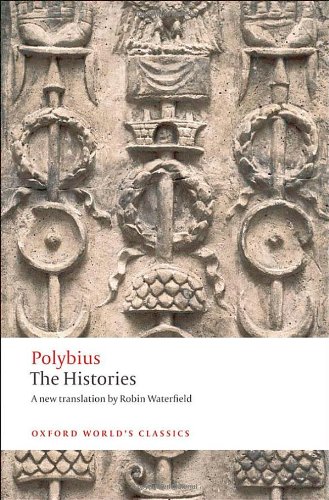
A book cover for The Histories (Oxford World's Classics); Polybius; History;